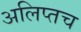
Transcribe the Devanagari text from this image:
अलिप्तच